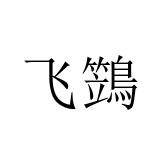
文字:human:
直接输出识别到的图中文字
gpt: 飞鷑